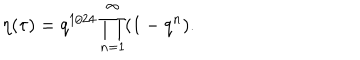
\eta ( \tau ) = q ^ { 1 / 2 4 } \prod _ { n = 1 } ^ { \infty } ( 1 - q ^ { n } ) .